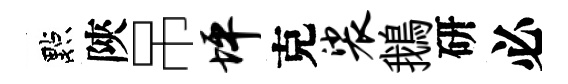
點陝吊坪克裟鵝研必